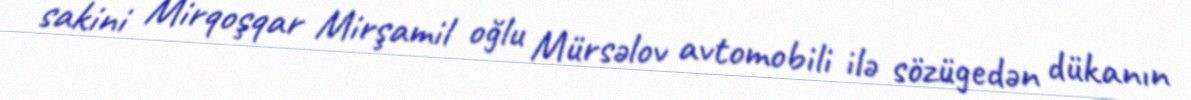
sakini Mirqoşqar Mirşamil oğlu Mürsəlov avtomobili ilə sözügedən dükanın